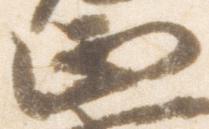
正